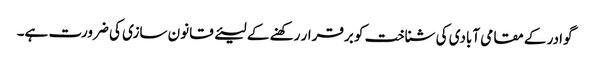
گوادر کے مقامی آبادی کی شناخت کو برقرار رکھنے کے لیئے قانون سازی کی ضرورت ہے۔